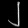
Digit: ၂